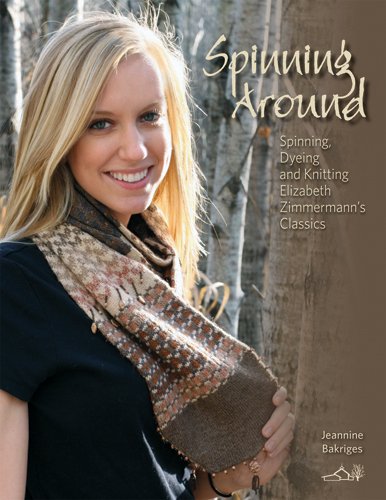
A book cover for Spinning Around: Spinning, Dyeing & Knitting Elizabeth Zimmermann's Classics; Jeannine Bakriges; Crafts, Hobbies & Home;